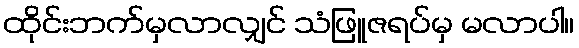
ထိုင်းဘက်မှလာလျှင် သံဖြူဇရပ်မှ မလာပါ။